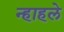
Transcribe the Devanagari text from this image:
न्हाहले